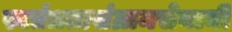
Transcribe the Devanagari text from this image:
स्वतंत्रतासंग्रामसेनानी